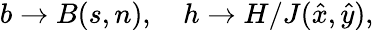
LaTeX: b\rightarrow B(s,n),\quad h\rightarrow H/J(\hat{x},\hat{y}),